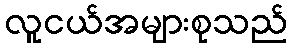
လူငယ်အများစုသည်